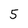
Character: 5